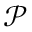
\scriptstyle { \mathcal { P } }